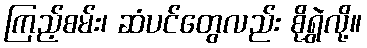
ကြည့်စမ်း၊ ဆံပင်တွေလည်း စိုရွှဲလို့။